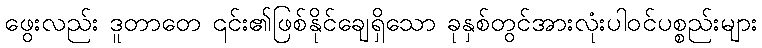
ဖွေးလည်း ဒူတာတေ ၎င်း၏ဖြစ်နိုင်ချေရှိသော ခုနှစ်တွင်အားလုံးပါဝင်ပစ္စည်းများ